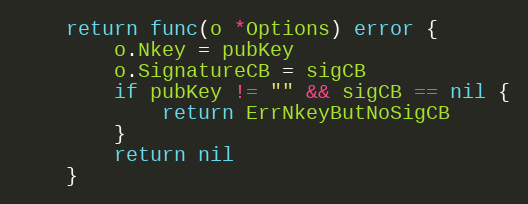
Language: Go
	return func(o *Options) error {
		o.Nkey = pubKey
		o.SignatureCB = sigCB
		if pubKey != "" && sigCB == nil {
			return ErrNkeyButNoSigCB
		}
		return nil
	}